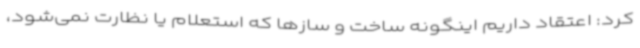
کرد: اعتقاد داریم اینگونه ساخت و سازها که استعلام یا نظارت نمی‌شود،